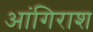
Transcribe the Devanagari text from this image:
आंगिराश